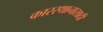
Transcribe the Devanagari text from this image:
कारस्थानासाठी